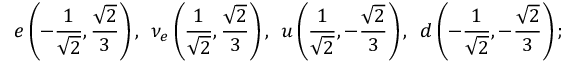
e \left( - \frac { 1 } { \sqrt { 2 } } , \frac { \sqrt { 2 } } { 3 } \right) , \; \, \nu _ { e } \left( \frac { 1 } { \sqrt { 2 } } , \frac { \sqrt { 2 } } { 3 } \right) , \; \, u \left( \frac { 1 } { \sqrt { 2 } } , - \frac { \sqrt { 2 } } { 3 } \right) , \, \, \, d \left( - \frac { 1 } { \sqrt { 2 } } , - \frac { \sqrt { 2 } } { 3 } \right) ;